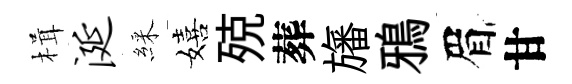
楫涎綵嬉殑葬旛鴉眉甘